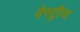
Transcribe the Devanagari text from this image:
वेस्ट्रीज